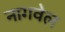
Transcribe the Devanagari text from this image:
नागवेल